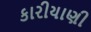
કારીયાણી